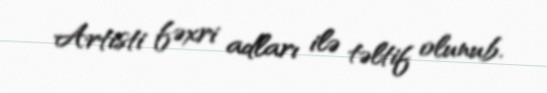
Artisti fəxri adları ilə təltif olunub.